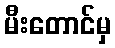
မီးတောင်မှ